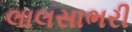
લાલસાભરી